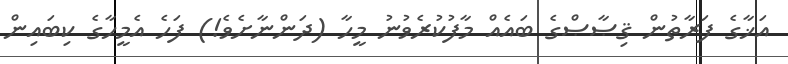
އަޚާގެ ފަރާތުން ޤިޞާޞްގެ ބައެއް މާފުކުރެވުނު މީހާ (ދަންނާށެވެ!) ފަހެ އެމީހާގެ ކިބައިން